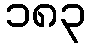
၁၈၃